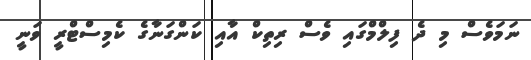
ނަމަވެސް މި ދެ ފިލްމްގައި ވެސް ރިތިކް އާއި ކަންގަނާގެ ކެމިސްޓްރީ ވަނީ